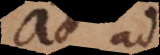
ad ad